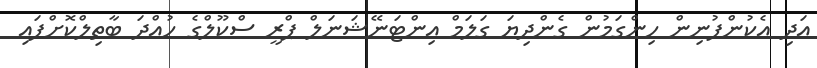
އަދި އެކުންފުނިން ހިންގަމުން ގެންދިޔަ ގަލަމް އިންޓަނޭޝަނަލް ޕްރީ ސްކޫލްގެ ހުއްދަ ބާތިލްކޮށްފައި